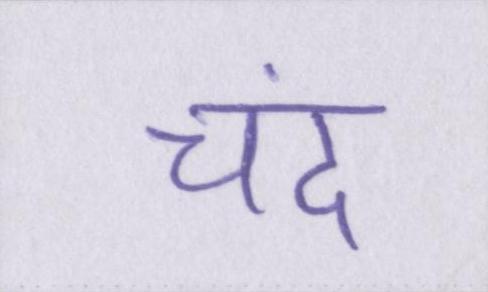
चंद